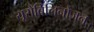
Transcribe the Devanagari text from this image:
यूरोबिलिनोजन